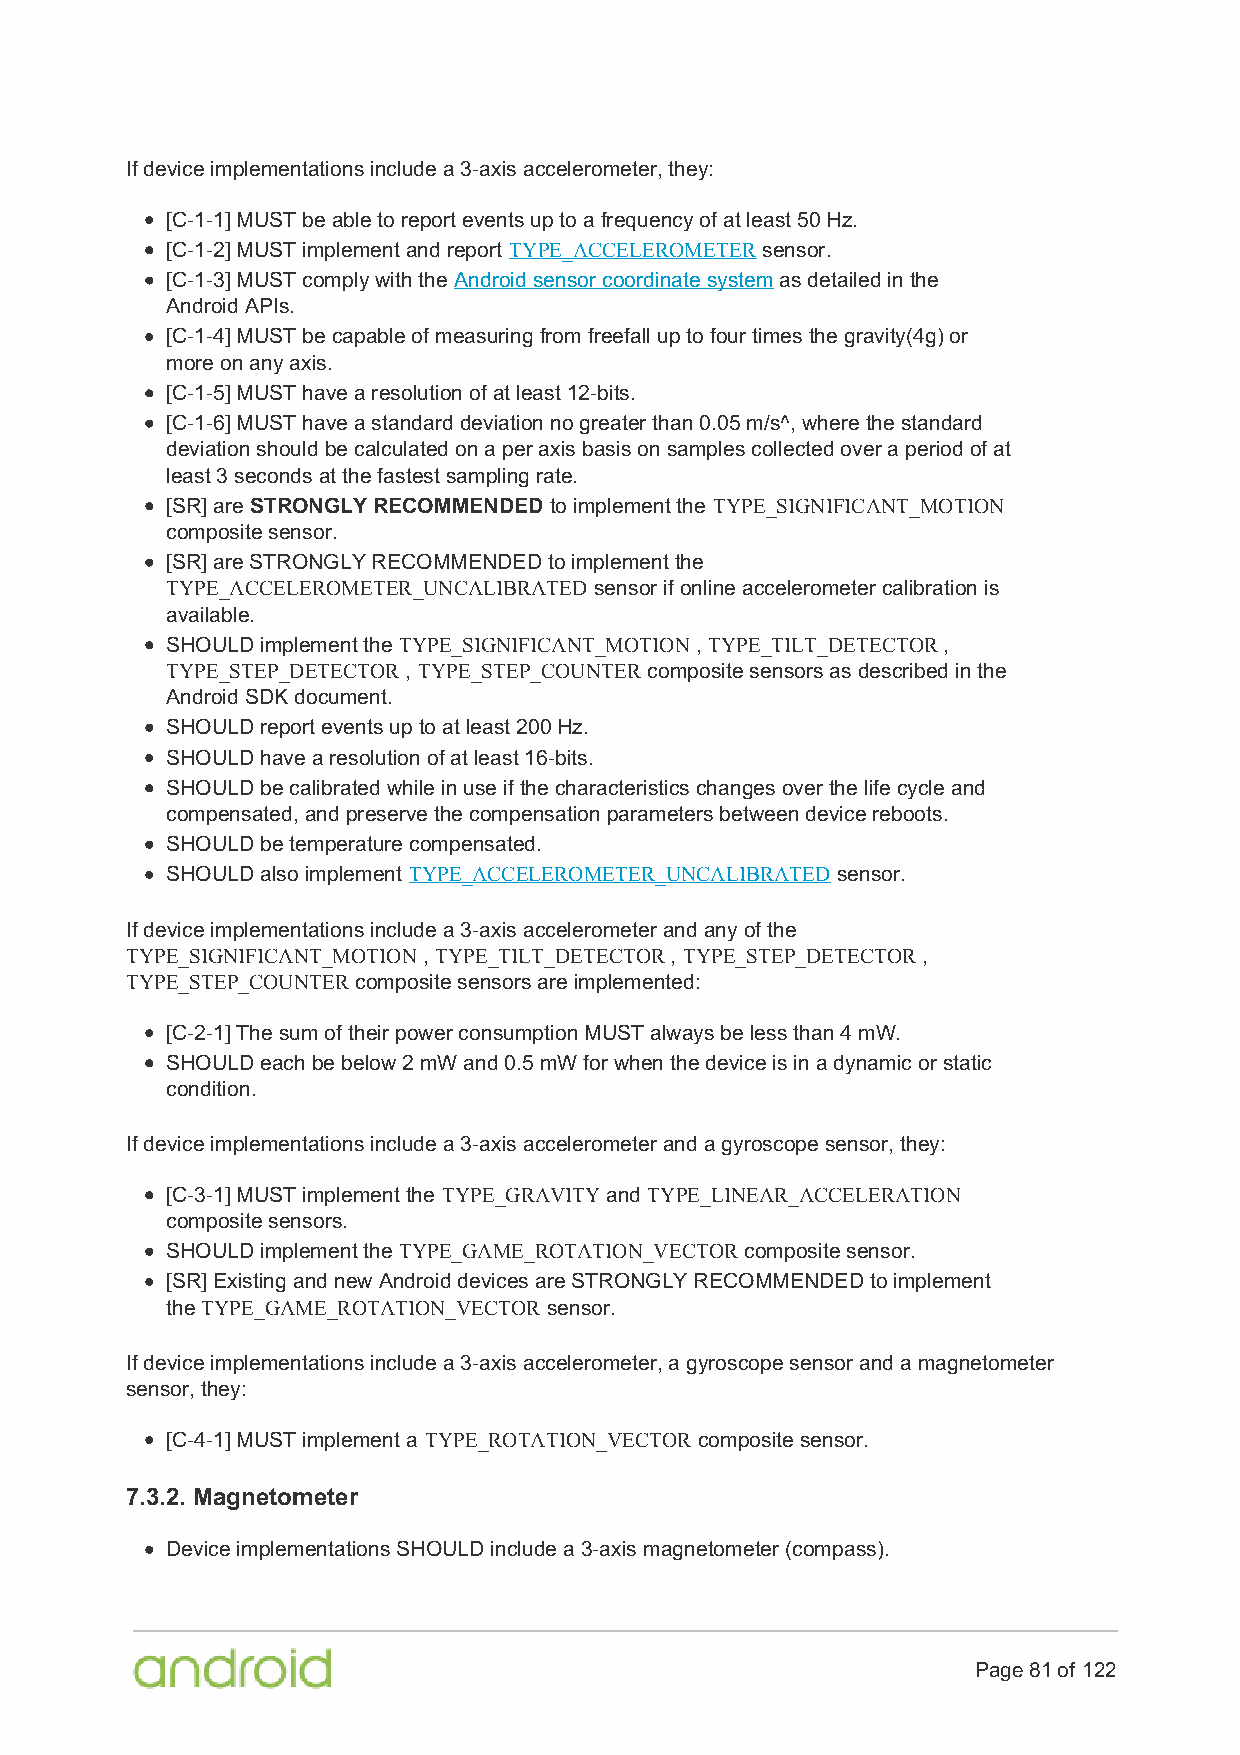
If device implementations include a 3-axis accelerometer, they:
 [C-1-1] MUST be able to report events up to a frequency of at least 50 Hz.
 [C-1-2] MUST implement and report TYPE_ACCELEROMETER sensor.
 [C-1-3] MUST comply with the Android sensor coordinate system as detailed in the
 Android APIs.
 [C-1-4] MUST be capable of measuring from freefall up to four times the gravity(4g) or
 more on any axis.
 [C-1-5] MUST have a resolution of at least 12-bits.
 [C-1-6] MUST have a standard deviation no greater than 0.05 m/s^, where the standard
 deviation should be calculated on a per axis basis on samples collected over a period of at
 least 3 seconds at the fastest sampling rate.
 [SR] are STRONGLY RECOMMENDED to implement the TYPE_SIGNIFICANT_MOTION
 composite sensor.
 [SR] are STRONGLY RECOMMENDED to implement the
 TYPE_ACCELEROMETER_UNCALIBRATED sensor if online accelerometer calibration is
 available.
 SHOULD implement the TYPE_SIGNIFICANT_MOTION , TYPE_TILT_DETECTOR ,
 TYPE_STEP_DETECTOR , TYPE_STEP_COUNTER composite sensors as described in the
 Android SDK document.
 SHOULD report events up to at least 200 Hz.
 SHOULD have a resolution of at least 16-bits.
 SHOULD be calibrated while in use if the characteristics changes over the life cycle and
 compensated, and preserve the compensation parameters between device reboots.
 SHOULD be temperature compensated.
 SHOULD also implement TYPE_ACCELEROMETER_UNCALIBRATED sensor.
 If device implementations include a 3-axis accelerometer and any of the
 TYPE_SIGNIFICANT_MOTION , TYPE_TILT_DETECTOR , TYPE_STEP_DETECTOR ,
 TYPE_STEP_COUNTER composite sensors are implemented:
 [C-2-1] The sum of their power consumption MUST always be less than 4 mW.
 SHOULD each be below 2 mW and 0.5 mW for when the device is in a dynamic or static
 condition.
 If device implementations include a 3-axis accelerometer and a gyroscope sensor, they:
 [C-3-1] MUST implement the TYPE_GRAVITY and TYPE_LINEAR_ACCELERATION
 composite sensors.
 SHOULD implement the TYPE_GAME_ROTATION_VECTOR composite sensor.
 [SR] Existing and new Android devices are STRONGLY RECOMMENDED to implement
 the TYPE_GAME_ROTATION_VECTOR sensor.
 If device implementations include a 3-axis accelerometer, a gyroscope sensor and a magnetometer
 sensor, they:
 [C-4-1] MUST implement a TYPE_ROTATION_VECTOR composite sensor.
 7.3.2. Magnetometer
 Device implementations SHOULD include a 3-axis magnetometer (compass).
 Page 81 of 122